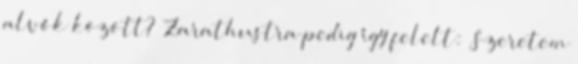
alvók között? Zarathustra pedig így felelt: „Szeretem